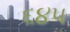
૬૪૫